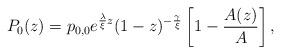
LaTeX: \begin{align*}P_{0}(z) = p_{0,0} e^{\frac{\lambda}{\xi}z} (1-z)^{-\frac{\gamma}{\xi}} \left[ 1 - \dfrac{A(z)}{A} \right],\end{align*}